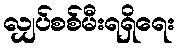
လျှပ်စစ်မီးရရှိရေး